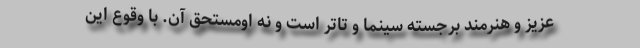
عزیز و هنرمند برجستهٔ سینما و تاتر است و نه اومستحق آن. با وقوع این